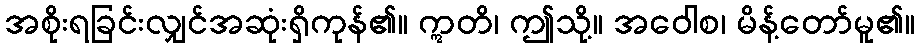
အစိုးရခြင်းလျှင်အဆုံးရှိကုန်၏။ ဣတိ၊ ဤသို့။ အဝေါစ၊ မိန့်တော်မူ၏။